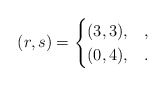
\begin{align*} (r,s)= \begin{cases} (3,3), & , \\ (0,4), & . \end{cases} \end{align*}